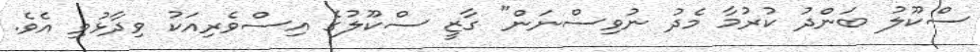
ސްކޫލު ބަންދު ކުރުމާ މެދު ނުވިސްނަން" ގާޒީ ސްކޫލުގެ އިސްވެރިއަކު ވިދާޅުވި އެވެ.